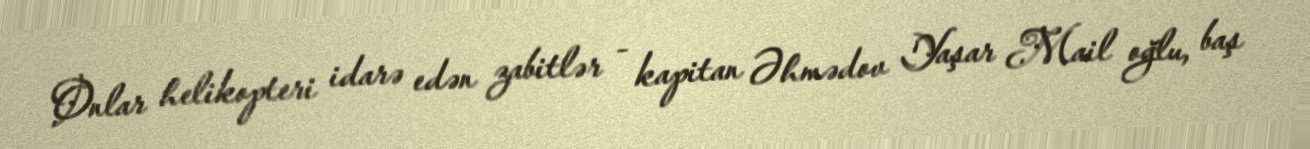
Onlar helikopteri idarə edən zabitlər - kapitan Əhmədov Yaşar Mail oğlu, baş